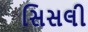
સિસલી